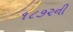
૧૮૭૨ની